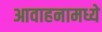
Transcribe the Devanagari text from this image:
आवाहनामध्ये